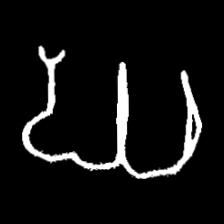
Pyu character \u2014 Myanmar letter: ဃ (romanized: gha)